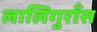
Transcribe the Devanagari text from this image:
लालिगुराँस